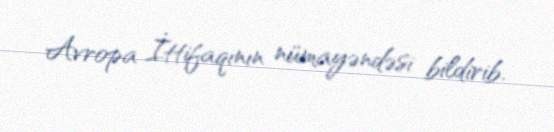
Avropa İttifaqının nümayəndəsi bildirib.